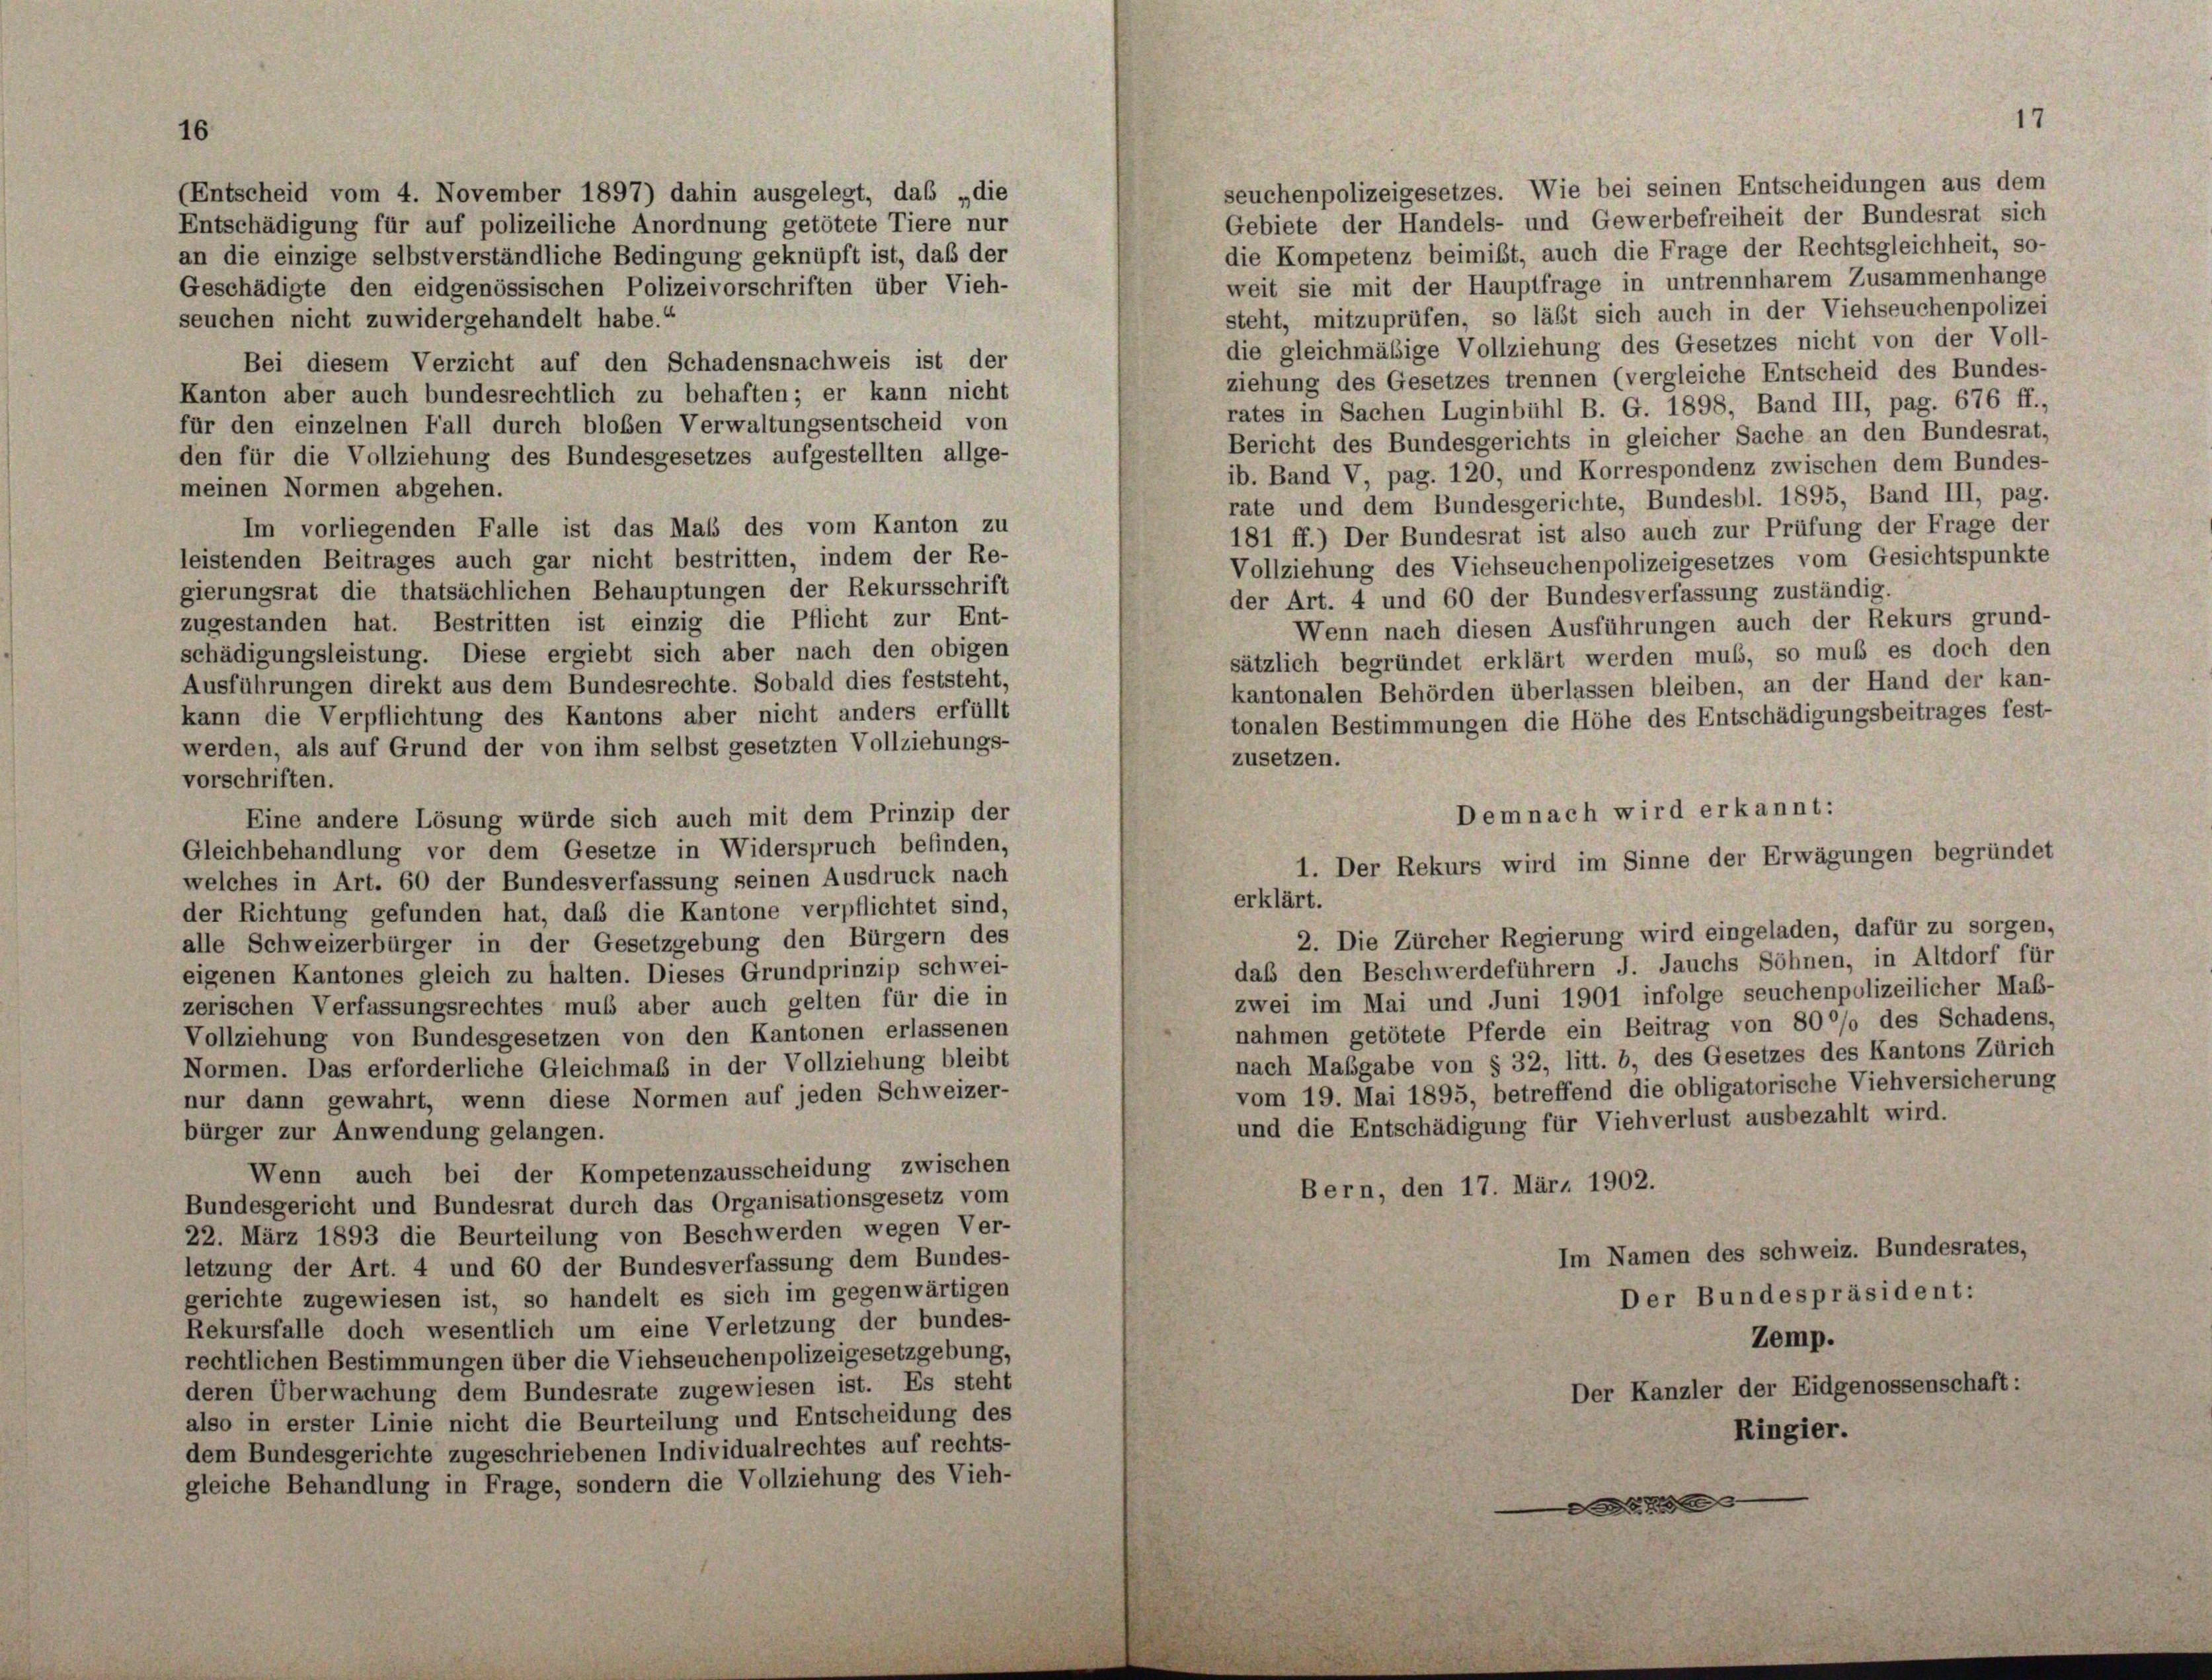
16

die Kompetenz beimist, auch die Frage der Rechtsgleichheit, so-
weit sie mit der Hauptfrage in untrennharem Zusammenhänge
Geschädigte den eidgenössischen Polizeivorschriften über Vieh-
steht, mitzuprüfen, so läßt sich auch in der Viehseuchenpolizei
seuchen nicht zuwidergehandelt habe.“
die gleichmäßige Vollziehung des Gesetzes nicht von der Voll-
Bei diesem Verzicht auf den Schadensnachweis ist der
ziehung des Gesetzes trennen (vergleiche Entscheid des Bundes-
Kanton aber auch bundesrechtlich zu behaften; er kann nicht
rates in Sachen Luginbühl B. G. 1898, Band III, pag. 676 ff.,
für den einzelnen Fall durch bloben Verwaltungsentscheid von
Bericht des Bundesgerichts in gleicher Sache an den Bundesrat,
den für die Vollziehung des Bundesgesetzes aufgestellten allge-
ib. Band V, pag. 120, und Korrespondenz zwischen dem Bundes-
meinen Normen abgehen.
rate und dem Bundesgerichte, Bundesbl. 1895, Band III, pag.
Im vorliegenden Falle ist das Mals des vom Kanton zu
181 ff.) Der Bundesrat ist also auch zur Prüfung der Frage der
leistenden Beitrages auch gar nicht bestritten, indem der Re-
Vollziehung des Viehseuchenpolizeigesetzes vom Gesichtspunkte
gierungsrat die thatsächlichen Behauptungen der Rekursschrift
der Art. 4 und 60 der Bundesverfassung zuständig.
zugestanden hat. Bestritten ist einzig die Pflicht zur Ent-
Wenn nach diesen Ausführungen auch der Rekurs grund-
schädigungsleistung. Diese ergiebt sich aber nach den obigen
sätzlich begründet erklärt werden muß, so muß es doch den
Ausführungen direkt aus dem Bundesrechte. Sobald dies feststeht,
kantonalen Behörden überlassen bleiben, an der Hand der kan-
kann die Verpflichtung des Kantons aber nicht anders erfüllt
tonalen Bestimmungen die Höhe des Entschädigungsbeitrages fest-
werden, als auf Grund der von ihm selbst gesetzten Vollziehungs-
zusetzen.
vorschriften.
Eine andere Lösung würde sich auch mit dem Prinzip der
Gleichbehandlung vor dem Gesetze in Widerspruch befinden,
welches in Art. 60 der Bundesverfassung seinen Ausdruck nach
der Richtung gefunden hat, daß die Kantone verpflichtet sind,
alle Schweizerbürger in der Gesetzgebung den Bürgern des
daß den Beschwerdeführern J. Jauchs Söhnen, in Altdorf für
eigenen Kantones gleich zu halten. Dieses Grundprinzip schwei-
zwei im Mai und Juni 1901 infolge seuchenpolizeilicher Maß-
zerischen Verfassungsrechtes muss aber auch gelten für die in
nahmen getötete Pferde ein Beitrag von 80% des Schadens,
Vollziehung von Bundesgesetzen von den Kantonen erlassenen
nach Maßgabe von § 32, litt. b, des Gesetzes des Kantons Zürich
Normen. Das erforderliche Gleichmaß in der Vollziehung bleibt
vom 19. Mai 1895, betreffend die obligatorische Viehversicherung
nur dann gewahrt, wenn diese Normen auf jeden Schweizer-
und die Entschädigung für Viehverlust ausbezahlt wird.
bürger zur Anwendung gelangen.
Wenn auch bei der Kompetenzausscheidung zwischen
Bern, den 17. März 1902.
Bundesgericht und Bundesrat durch das Organisationsgesetz vom
22. März 1893 die Beurteilung von Beschwerden wegen Ver-
Im Namen des schweiz. Bundesrates,
letzung der Art. 4 und 60 der Bundesverfassung dem Bundes-
gerichte zugewiesen ist, so handelt es sich im gegenwärtigen
Der Bundespräsident:
Rekursfalle doch wesentlich um eine Verletzung der bundes-
Zemp.
rechtlichen Bestimmungen über die Viehseuchenpolizeigesetzgebung,
deren Überwachung dem Bundesrate zugewiesen ist. Es steht
Der Kanzler der Eidgenossenschaft:
also in erster Linie nicht die Beurteilung und Entscheidung des
Ringier.
dem Bundesgerichte zugeschriebenen Individualrechtes auf rechts-
gleiche Behandlung in Frage, sondern die Vollziehung des Vieh-
0

(Entscheid vom 4. November 1897) dahin ausgelegt, das „die
Entschädigung für auf polizeiliche Anordnung getötete Tiere nur
an die einzige selbstverständliche Bedingung geknüpft ist, daß der

seuchenpolizeigesetzes. Wie bei seinen Entscheidungen aus dem
Gebiete der Handels- und Gewerbefreiheit der Bundesrat sich

Demnach wird erkannt:
1. Der Rekurs wird im Sinne der Erwägungen begründet
erklärt.
2. Die Zürcher Regierung wird eingeladen, dafür zu sorgen,